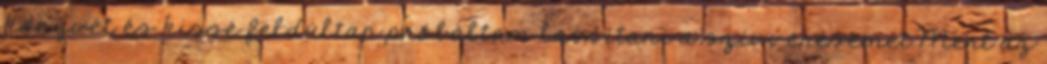
könyvét és kissé feldúltan próbáltam lassítani a szívverésemet.Mert az